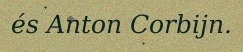
és Anton Corbijn.